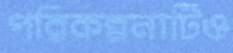
পরিকল্পনাটিও